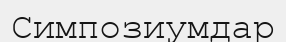
Симпозиумдар